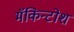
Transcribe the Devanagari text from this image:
मॅकिन्टोश